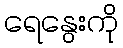
ရေနွေးကို